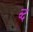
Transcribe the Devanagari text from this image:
व्द